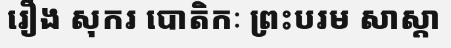
រឿង សុករ បោតិកៈ ព្រះបរម សាស្តា